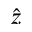
\hat { z }